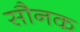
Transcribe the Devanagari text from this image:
सौनक